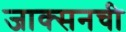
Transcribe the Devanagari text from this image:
जाक्सनची